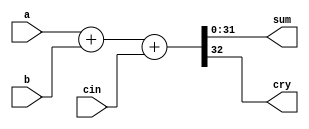


module adder_32b(cin,a,b,sum,cry);

	input cin; // cin is 1 bit
	input[31:0] a,b; // a and b are 32 bit
	output[31:0] sum; // sum is 32 bit
	output cry; // carry is 1 bit
	
	assign{cry,sum} = a + b + cin; // countinuous assignment

endmodule